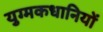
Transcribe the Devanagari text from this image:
युग्मकधानियों